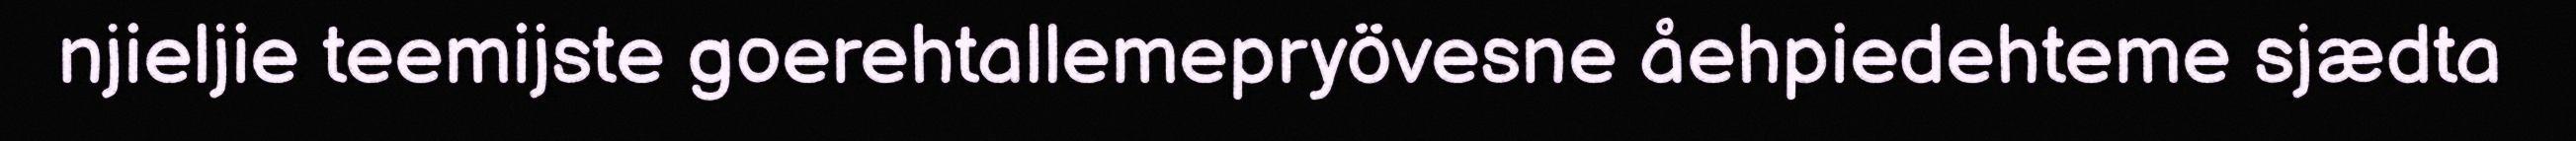
njieljie teemijste goerehtallemepryövesne åehpiedehteme sjædta